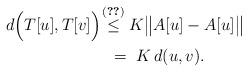
LaTeX: \begin{align*}d\Big( T[u],T[v] \Big) \ \, &\!\!\!\!\overset{\eqref{4.3}}{\leq} K \big\| A[u]-A[u] \big\| \\ &= \ K \, d(u,v). \end{align*}